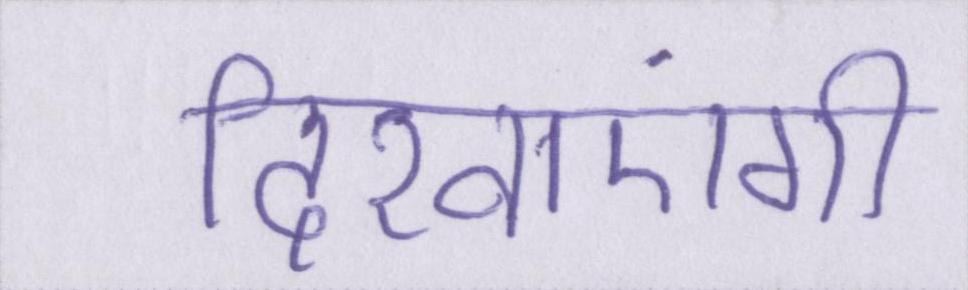
दिखाएंगी